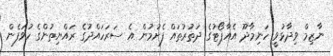
ނާޒިމް ވިދާޅުވީ ހަނިމާދޫ އެއާޕޯޓުގެ ދަތުރުތައް ފެށުމުން އެ ސަރަހައްދުގެ ރައްޔިތުންގެ ހުވަފެން